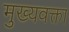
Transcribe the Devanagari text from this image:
मुख्यवक्ता